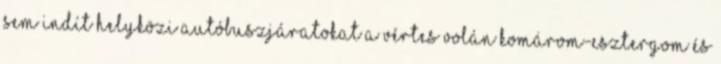
sem indít helyközi autóbuszjáratokat a Vértes Volán Komárom-Esztergom és